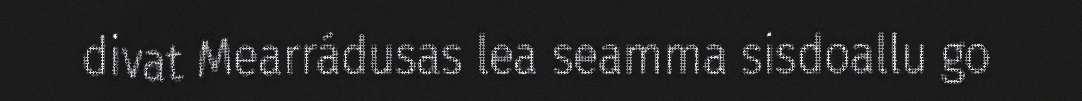
divat Mearrádusas lea seamma sisdoallu go